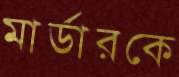
মার্ডারকে